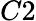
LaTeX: C2